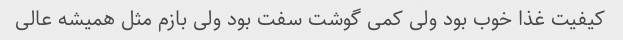
کیفیت غذا خوب بود ولی کمی گوشت سفت بود ولی بازم مثل همیشه عالی